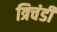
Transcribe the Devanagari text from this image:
त्रिचंडी